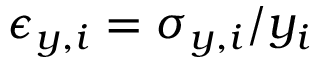
\epsilon _ { y , i } = \sigma _ { y , i } / y _ { i }